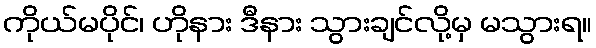
ကိုယ်မပိုင်၊ ဟိုနား ဒီနား သွားချင်လို့မှ မသွားရ။